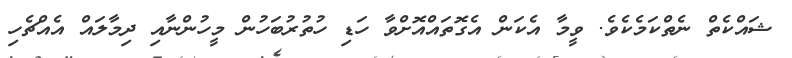
ޝައްކެތް ނެތްކަމެކެވެ. ވީމާ އެކަން އެގޮތައްއޮށްވާ ހަޑި ހުތުރުބަހުން މީހުންނާއި ދިމާލައް އެއްޗެހި